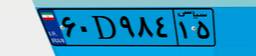
۶۰D۹۸۴۱۵